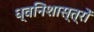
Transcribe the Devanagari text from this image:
ध्वनिशास्त्रों